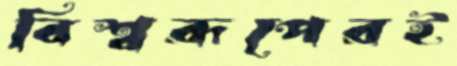
বিশ্বরূপেরই